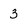
Character: 3